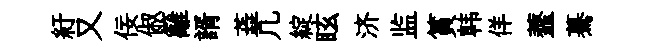
紆又佞俶籬諝蕋凢綻眩济监篔韩佯虀驀